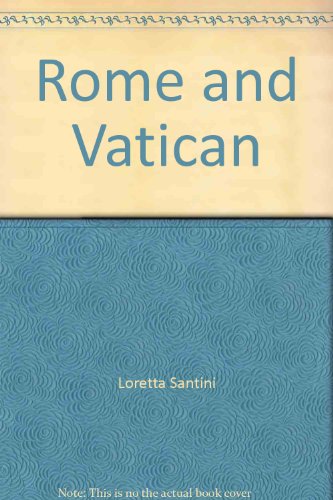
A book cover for Cities of Italy: Rome and Vatican (English Guide with map); Loretta Santini; Travel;